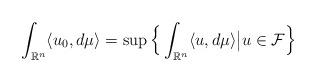
LaTeX: \begin{align*}\int_{\mathbb{R}^n}\langle u_0,d\mu\rangle=\sup\Big\{\int_{\mathbb{R}^n}\langle u,d\mu\rangle\big| u\in\mathcal{F}\Big\}\end{align*}